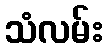
သံလမ်း